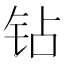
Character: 钻